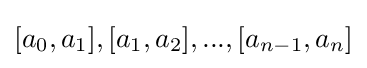
[a_{0},a_{1}],[a_{1},a_{2}],...,[a_{n-1},a_{n}]